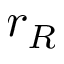
r _ { R }